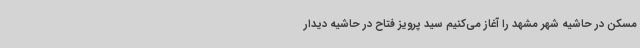
مسکن در حاشیه شهر مشهد را آغاز می‌کنیم سید پرویز فتاح در حاشیه دیدار